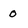
Character: 0